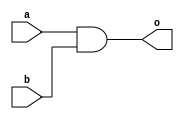
module array_and(output [0:15]o,input [0:15]a,b);
assign o=a&b;
endmodule